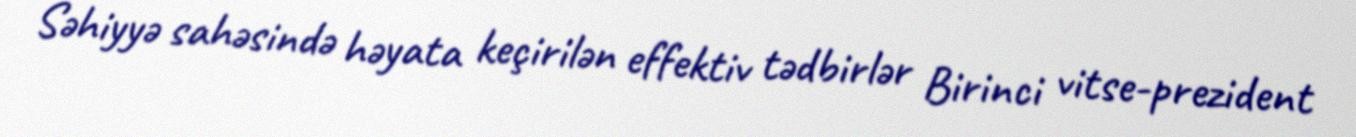
Səhiyyə sahəsində həyata keçirilən effektiv tədbirlər Birinci vitse-prezident